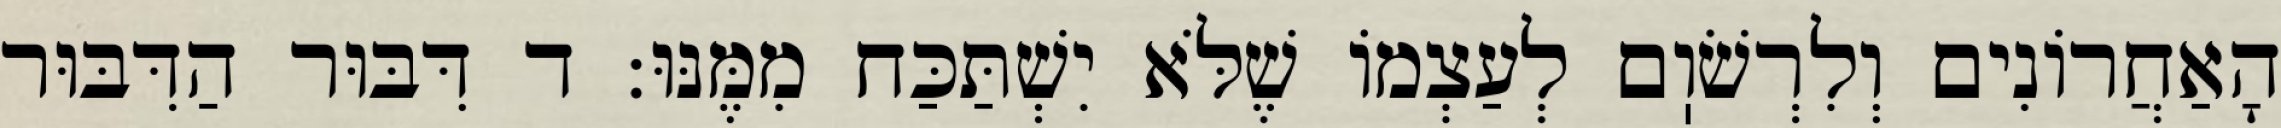
הָאַחֲרוֹנִים וְלִרְשֹׁוֽם לְעַצְמוֹ שֶׁלֹּא יִשְׁתַּכַּח מִמֶּנּוּ: ד דִּבּוּר הַדִּבּוּר